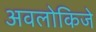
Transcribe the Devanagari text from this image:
अवलोकिजे